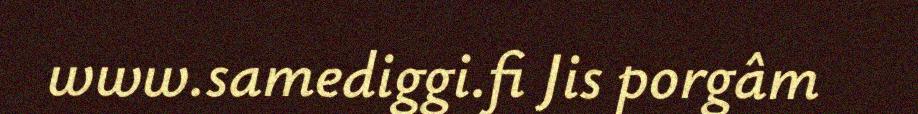
www.samediggi.fi Jis porgâm